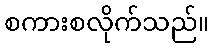
စကားစလိုက်သည်။